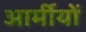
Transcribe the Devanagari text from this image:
आर्मीयों